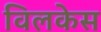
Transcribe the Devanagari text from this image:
विलकेस